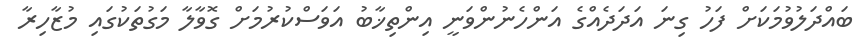
ބައްދަލުވުމަކަށް ފަހު ގިނަ އަދަދެއްގެ އަންހެނުންވަނީ އިންތިޚާބު އަވަސްކުރުމަށް ގޮވާލާ މަގުތަކުގައި މުޒާހިރާ